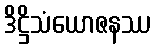
ဒိဋ္ဌိသံယောဇနဿ